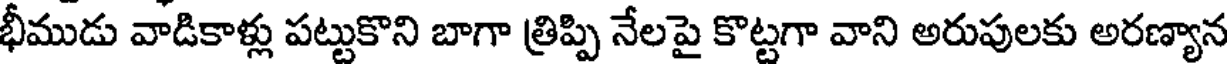
భీముడు వాడికాళ్లు పట్టుకొని బాగా త్రిప్పి నేలపై కొట్టగా వాని అరుపులకు అరణ్యాన